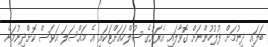
ބަލައި ދިނުމަށް ފުލުހުންނަށް ގޮވާލައި އެރަށުގެ ސުލްހައަށްޓަކައި އެ މައްސަލަ އަވަސް ކޮށްދިނުމަށް